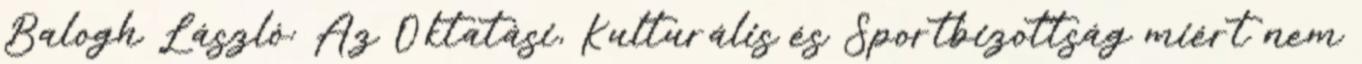
Balogh László: Az Oktatási, Kulturális és Sportbizottság miért nem